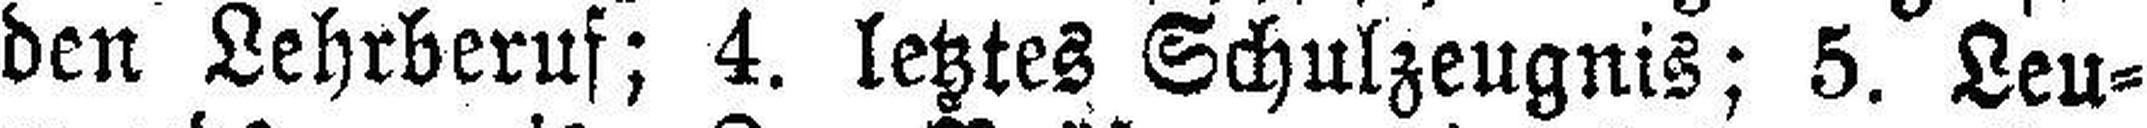
den Lehrberuf; 4. letztes Schulzeugnis; 5. Leu¬